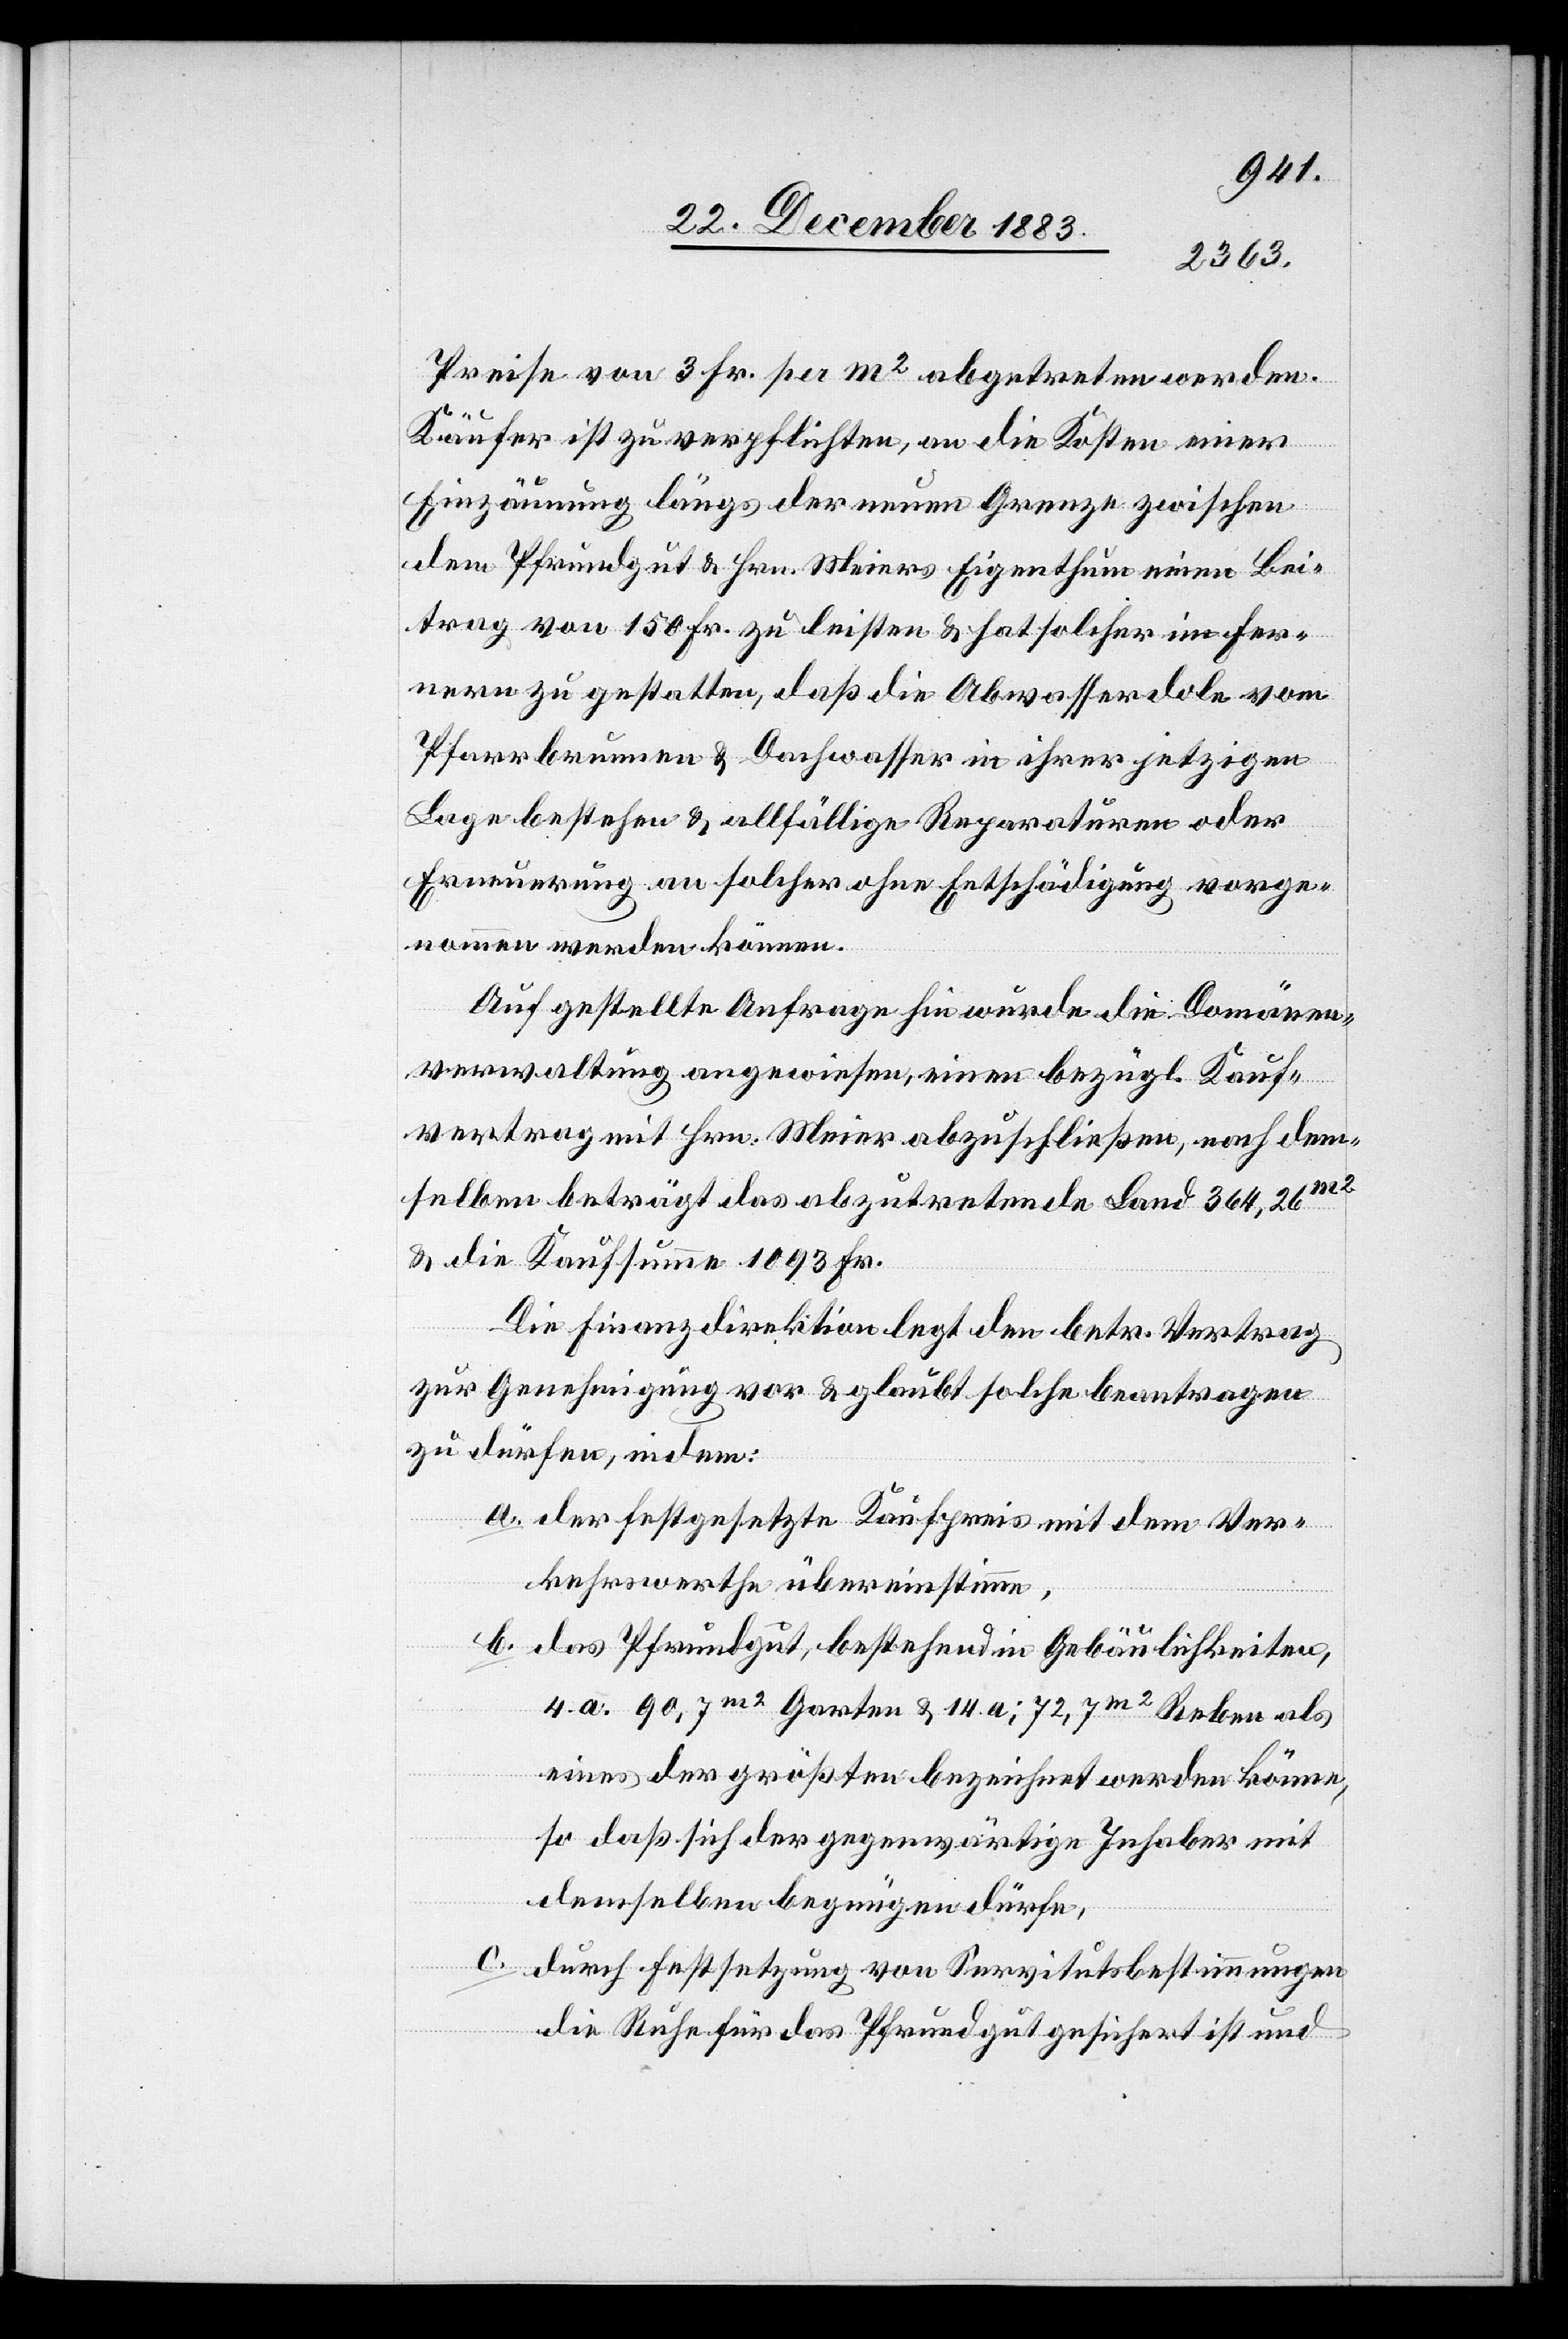
Preise von 3 Fr. per m2 abgetreten werden.
Käufer ist zu verpflichten, an die Kosten einer
Einzäunung längs der neuen Grenze zwischen
dem Pfrundgut & Hrn. Meiers Eigenthum einen Bei¬
trag von 150 Fr. zu leisten & hat solcher im Fer¬
nern zu gestatten, daß die Abwasserdole vom
Pfarrbrunnen & Dachwasser in ihrer jetzigen
Lage bestehen & allfällige Reparaturen oder
Erneuerungen an solcher ohne Entschädigung vorge¬
nommen werden können.
Auf gestellte Anfrage hin wurde die Domänen¬
verwaltung angewiesen, einen bezügl. Kauf¬
vertrag mit Hrn. Meier abzuschließen, nach dem¬
selben beträgt das abzutretende Land 364,26m2
& die Kaufsumme 1093 Fr.
Die Finanzdirektion legt den betr. Vertrag
zur Genehmigung vor & glaubt solche beantragen
zu dürfen, indem:
a. der festgesetzte Kaufpreis mit dem Ver¬
kehrswerthe übereinstimme,
b. das Pfrundgut, bestehend in Gebäulichkeiten,
4. a. 90,7m2 Garten & 14 a; 72,7m2 Reben als
eines der größten bezeichnet werden könne,
so daß sich der gegenwärtige Inhaber mit
demselben begnügen dürfe,
c. durch Festsetzung von Servitutsbestimmungen
die Ruhe für das Pfrundgut gesichert ist und